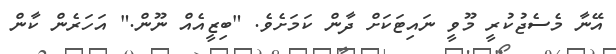
އޭނާ މެސެޖުކުރީ މޫވީ ނައިޓަކަށް ދާން ކަމަށެވެ. "ބިޒީއެއް ނޫން." އަހަރެން ކާން